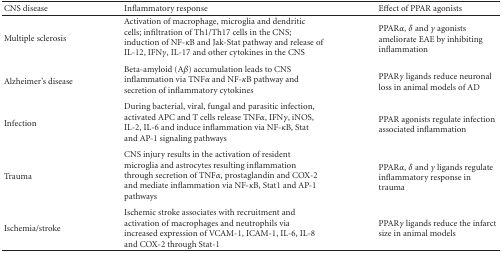
<table><thead><tr><td><b> CNS disease </b></td><td><b> Inflammatory response </b></td><td><b> Effect of PPAR agonists </b></td></tr></thead><tbody><tr><td>Multiple sclerosis</td><td>Activation of macrophage, microglia anddendritic cells; infiltration of Th1/Th17 cells in the CNS; induction of NF-<i>κ</i>B and Jak-Statpathway and release of IL-12, IFN<i>γ</i>, IL-17 andother cytokines in the CNS</td><td>PPAR<i>α</i>, <i>δ</i> and <i>γ</i> agonists ameliorate EAE by inhibiting inflammation</td></tr><tr><td>Alzheimer&#x27;s disease</td><td>Beta-amyloid (A<i>β</i>) accumulation leads to CNSinflammation via TNF<i>α</i> and NF-<i>κ</i>B pathway and secretion of inflammatorycytokines</td><td>PPAR<i>γ</i> ligands reduce neuronal loss in animalmodels of AD</td></tr><tr><td>Infection</td><td>During bacterial, viral, fungal and parasitic infection, activatedAPC and T cells release TNF<i>α</i>, IFN<i>γ</i>, iNOS, IL-2, IL-6 and induce inflammationvia NF-<i>κ</i>B, Stat and AP-1 signaling pathways</td><td>PPAR agonists regulate infection associated inflammation</td></tr><tr><td>Trauma</td><td>CNS injury results in the activation of resident microglia andastrocytes resulting inflammation through secretion of TNF<i>α</i>, prostaglandinand COX-2 and mediate inflammation via NF-<i>κ</i>B, Stat1 and AP-1 pathways</td><td>PPAR<i>α</i>, <i>δ</i> and <i>γ</i> ligands regulate inflammatory response in trauma</td></tr><tr><td>Ischemia/stroke</td><td>Ischemic stroke associates with recruitment and activation ofmacrophages and neutrophils via increased expression of VCAM-1, ICAM-1, IL-6,IL-8 and COX-2 through Stat-1</td><td>PPAR<i>γ</i> ligands reduce the infarct size in animal models</td></tr></tbody></table>